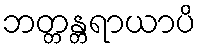
ဘတ္တန္တရာယာပိ